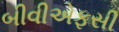
બીવીએફસી